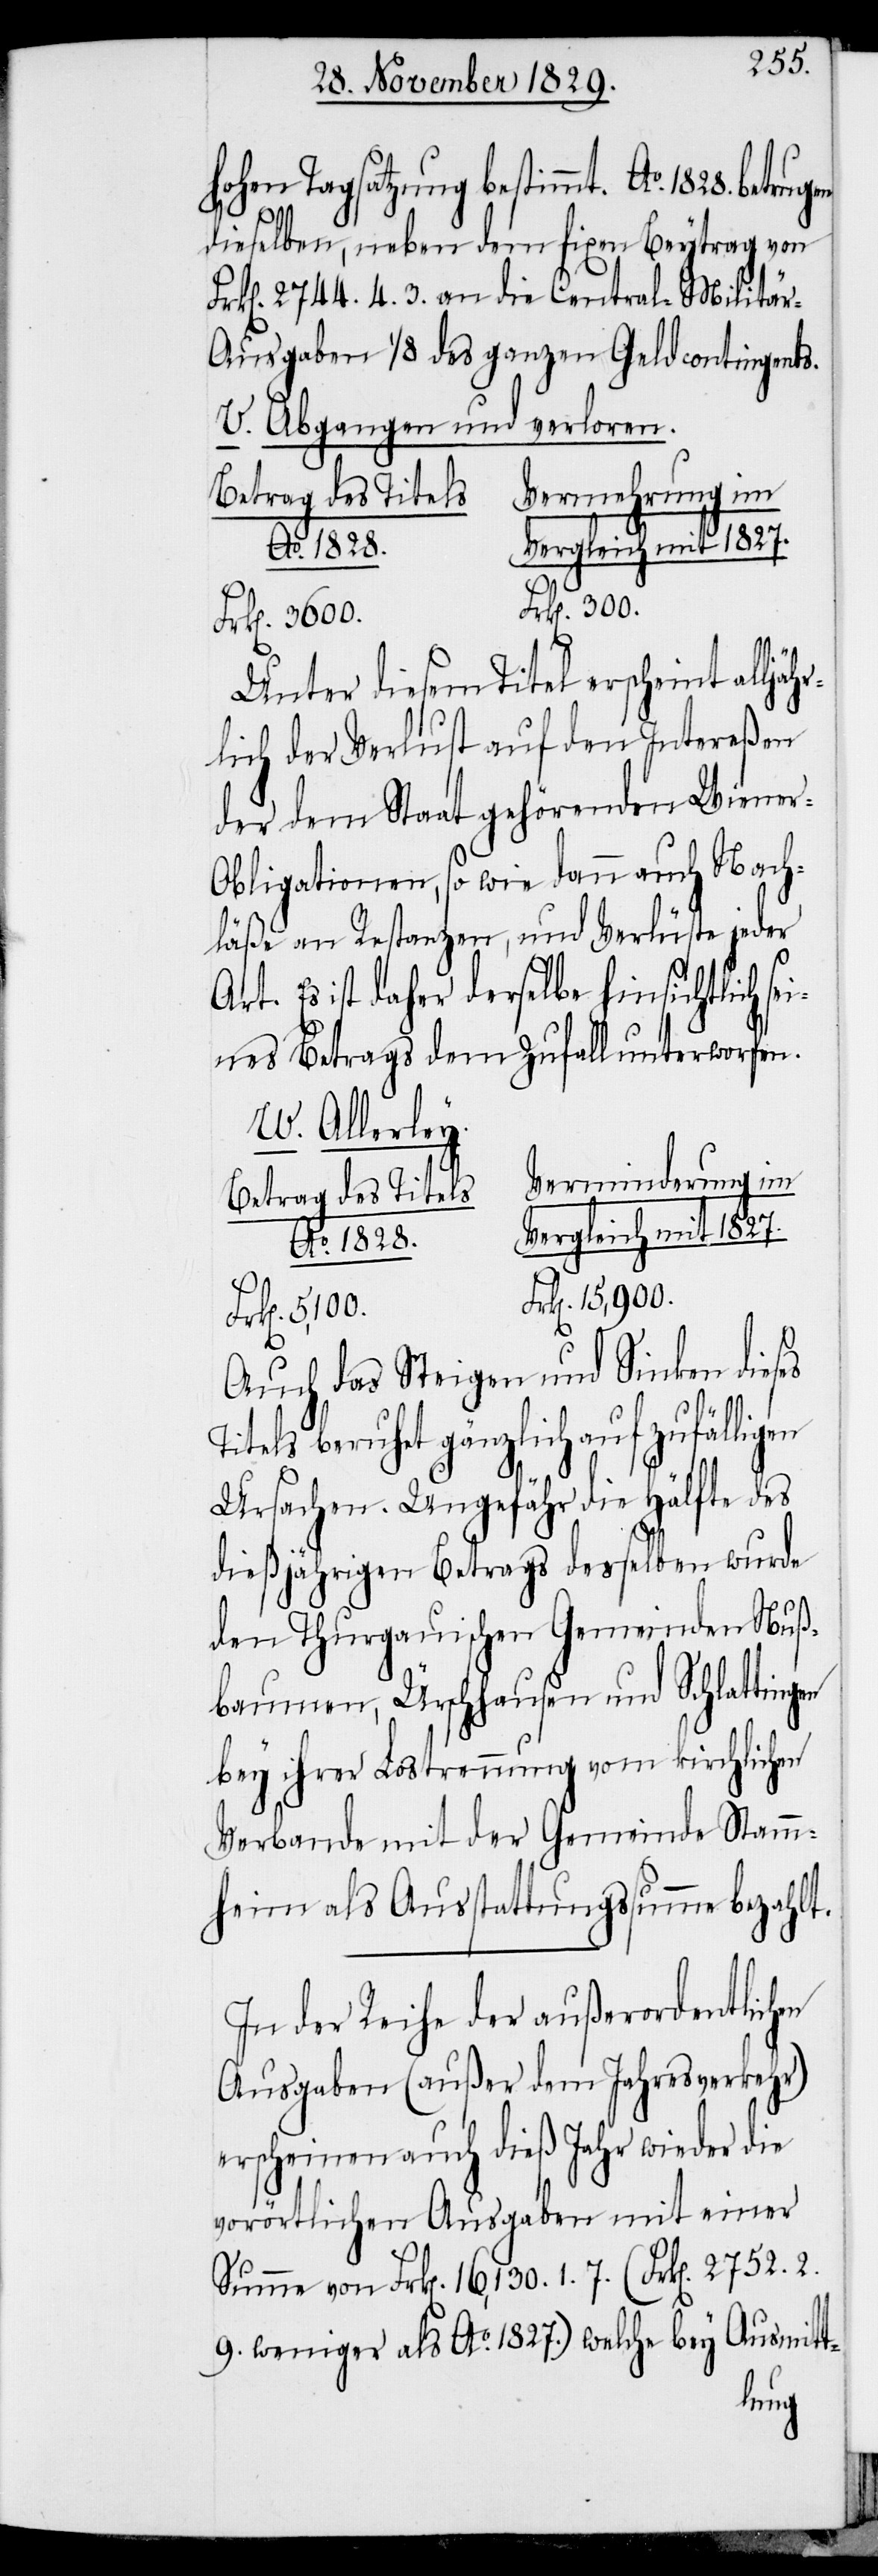
Hohen Tagsatzung bestimmt. Ao. 1828. betru¬
t-
dieselben, neben dem fixen Beytrag von
Frk[en]. 2744.4.3. an die Central-Militär-A¬
usgaben 1/8 des ganzen Geldcontingents.
V. Abgangen und verloren
Vermehrung im
Ao. 1828.
Unter diesem Titel erscheint alljäh¬
rlich der Verlust auf den Intereßen
der dem Staat gehörenden Wiene¬
r-Obligationen, so wie dann auch Nach¬
läße an Restanzen, und Verlüste jeder
Art. Es ist daher derselbe hinsichtlich se¬
ines Betrags dem Zufall unterworfen.
W. Allerley.
Betrag des Titels.
Frk[en]. 5,100.
Frk[en].
Auch das Steigen und Sinken dieses
itels beruhet gänzlich auf zufälligen
Ursachen. Ungefähr die Hälfte des
dießjährigen Betrags desselben wurde
den Thurgauischen Gemeinden Nuß¬
baumen, Ürschhausen und Schlattingen
bey ihrer Lostrennung vom kirchlichen
Verbande mit der Gemeinde Stamm¬
heim als Ausstattungssumme bezahlt.
In der Reihe der außerordentlichen
Ausgaben (Außer dem Jahresverkehr)
erscheinen auch dieß Jahr wieder die
vorörtlichen Ausgaben mit einer
weniger als Ao. 1827.) welche bey Ausmit¬